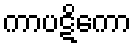
ကာပဋိကော